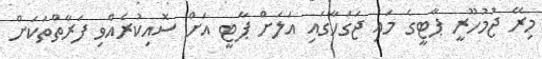
މިރޭ ޖުމުހޫރީ ޕާޓީގެ މައި ޖަގަހާގައި އަލަށް ޕާޓީ އަށް ސޮއިކުރެއްވި ފަރާތްތަކަށް